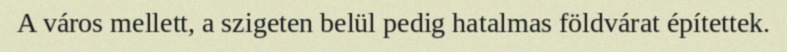
A város mellett, a szigeten belül pedig hatalmas földvárat építettek.